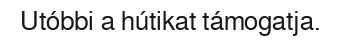
Utóbbi a hútikat támogatja.